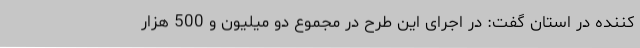
کننده در استان گفت: در اجرای این طرح در مجموع دو میلیون و 500 هزار